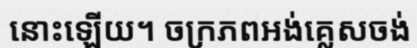
នោះឡើយ។ ចក្រភពអង់គ្លេសចង់